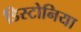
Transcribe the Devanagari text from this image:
डिस्टोनिया